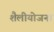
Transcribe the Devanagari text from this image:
शैलीयोजना